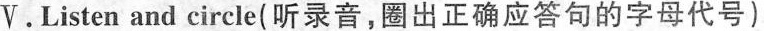
V.Listen and circle(听录音,圈出正确应答句的字母代号)